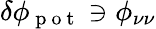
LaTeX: \delta\phi_{\mathrm{~p~o~t~}}\ni\phi_{\nu\nu}